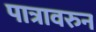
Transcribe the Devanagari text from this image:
पात्रावरुन